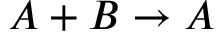
A + B \rightarrow A